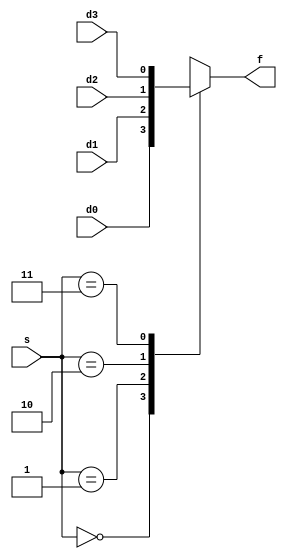
module mux4 (
	input d0, d1, d2, d3, 
	input [1:0] s,
	output reg f);
		
	always @(*)
		case (s)
			0: f = d0;
			1: f = d1;
			2: f = d2;
			3: f = d3;
		endcase
			
endmodule